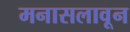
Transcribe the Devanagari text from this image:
मनासलावून